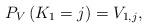
LaTeX: \begin{align*} P_{V}\left(K_{1}=j\right)=V_{1,j},\end{align*}